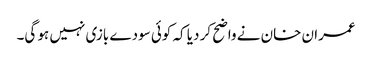
عمران خان نے واضح کر دیا کہ کوئی سودے بازی نہیں ہو گی۔